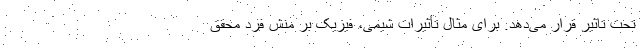
تحت تاثیر قرار می‌دهد. برای مثال تأثیرات شیمی، فیزیک بر منش فرد محقق